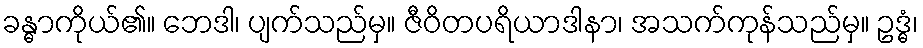
ခန္ဓာကိုယ်၏။ ဘေဒါ၊ ပျက်သည်မှ။ ဇီဝိတပရိယာဒါနာ၊ အသက်ကုန်သည်မှ။ ဥဒ္ဓံ၊